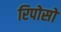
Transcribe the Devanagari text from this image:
रिपोसो